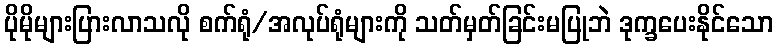
ပိုမိုများပြားလာသလို စက်ရုံ/အလုပ်ရုံများကို သတ်မှတ်ခြင်းမပြုဘဲ ဒုက္ခပေးနိုင်သော